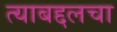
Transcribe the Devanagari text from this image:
त्याबद्दलचा